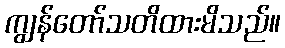
ကျွန်တော်သတိထားမိသည်။